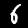
Label: 6